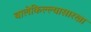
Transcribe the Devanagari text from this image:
बालेकिल्ल्यासारखा